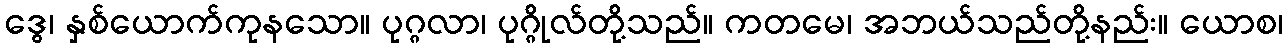
ဒွေ၊ နှစ်ယောက်ကုနသော။ ပုဂ္ဂလာ၊ ပုဂ္ဂိုလ်တို့သည်။ ကတမေ၊ အဘယ်သည်တို့နည်း။ ယောစ၊